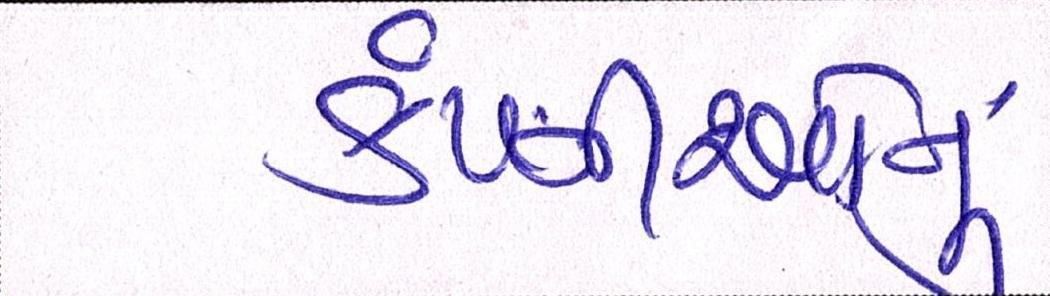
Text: કંપ્નીઓનું